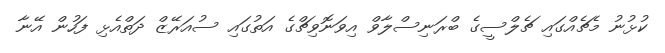
ކުޅުނު މެޗެއްގައި ޗެލްސީގެ ބްރަނިސްލާވް އިވަނޮވިޗްގެ އަތުގައި ސުއަރޭޒް ދަތްއެޅި ފަހުން އޭނާ